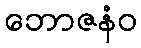
ဘောဇနံဝ